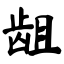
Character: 龃